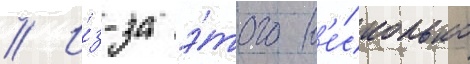
// И́з-за э́того н'е́сколько